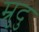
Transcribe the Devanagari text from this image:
म्रुदु